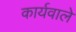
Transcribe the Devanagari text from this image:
कार्यवाले